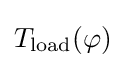
{\textstyle T_{\mathrm {load} }(\varphi )}